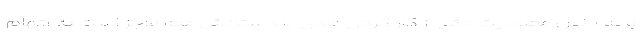
و به دلیل معلولیت حتی از کار کردن عادی با دستانش هم عاجز است به اتهام